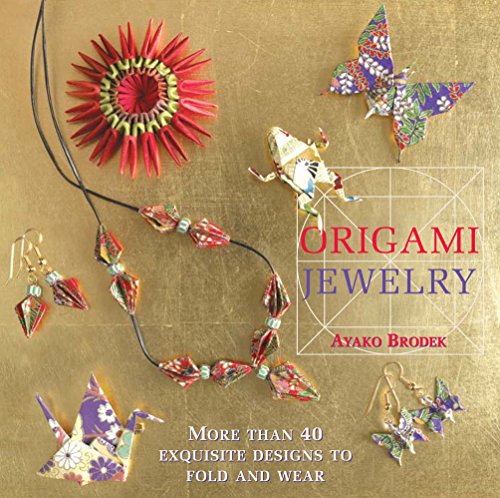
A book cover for Origami Jewelry: More Than 40 Exquisite Designs to Fold and Wear; Ayako Brodek; Crafts, Hobbies & Home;